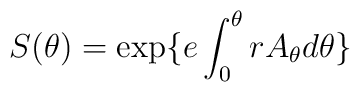
S(\theta) = \exp\{e\int^\theta_0 rA_\theta d\theta \}